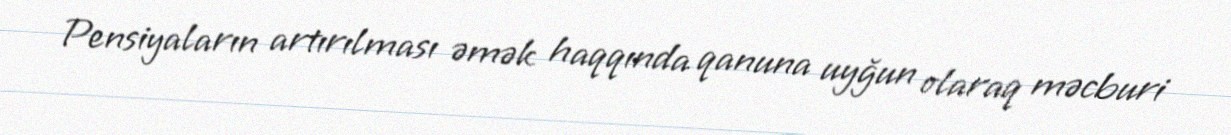
Pensiyaların artırılması əmək haqqında qanuna uyğun olaraq məcburi